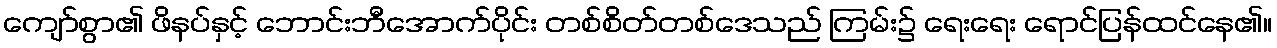
ကျော်စွာ၏ ဖိနပ်နှင့် ဘောင်းဘီအောက်ပိုင်း တစ်စိတ်တစ်ဒေသည် ကြမ်း၌ ရေးရေး ရောင်ပြန်ထင်နေ၏။